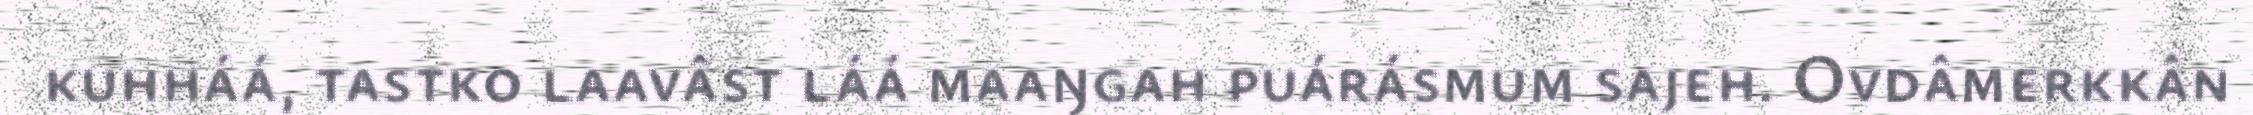
kuhháá, tastko laavâst láá maaŋgah puárásmum sajeh. Ovdâmerkkân